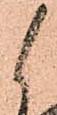
候